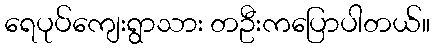
ရေပုပ်ကျေးရွာသား တဦးကပြောပါတယ်။